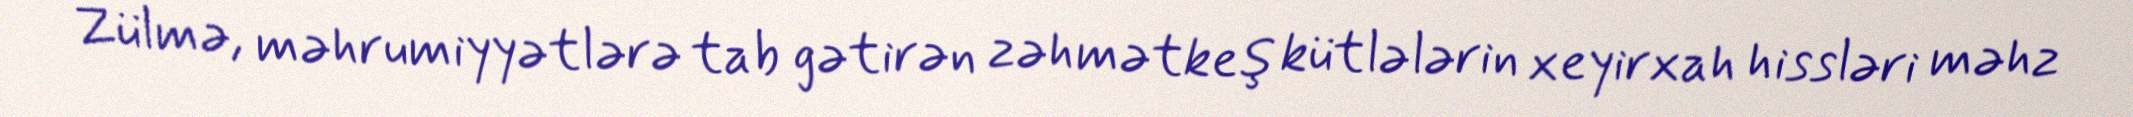
Zülmə, məhrumiyyətlərə tab gətirən zəhmətkeş kütlələrin xeyirxah hissləri məhz